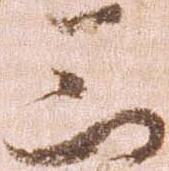
三